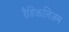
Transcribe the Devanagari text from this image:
रैडिकलिज़म